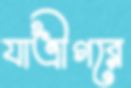
যাত্রীগরে